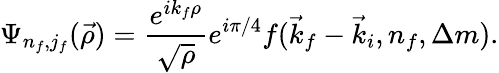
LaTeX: \Psi_{n_{f},j_{f}}(\vec{\rho})=\frac{e^{ik_{f}\rho}}{\sqrt{\rho}}e^{i\pi/4}f(\vec{k}_{f}-\vec{k}_{i},n_{f},\Delta m).